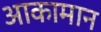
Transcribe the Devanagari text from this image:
आकामान